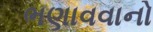
ભણાવવાનો